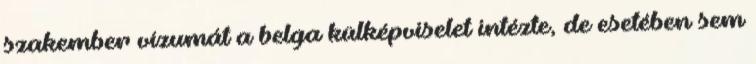
szakember vízumát a belga külképviselet intézte, de esetében sem